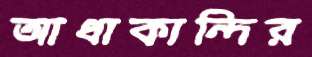
আধাকান্দির